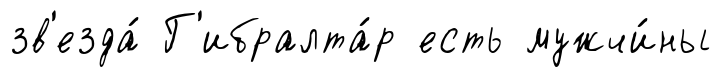
зв'езда́ Г'ибралта́р есть мужчи́ны